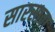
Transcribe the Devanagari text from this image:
सारसावा